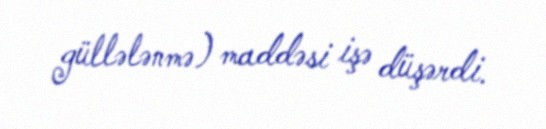
güllələnmə) maddəsi işə düşərdi.